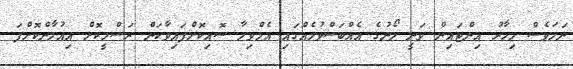
ނަމަވެސް މިހާރު އިންޓައިން ވަނީ ލޯނުގެ އެއްބަސްވުމެއްގައި އެމްވިލާ ސޮއިކޮށްފައިވާކަން ރަސްމީކޮށް އިއުލާންކޮށްފަ